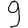
Digit: 9